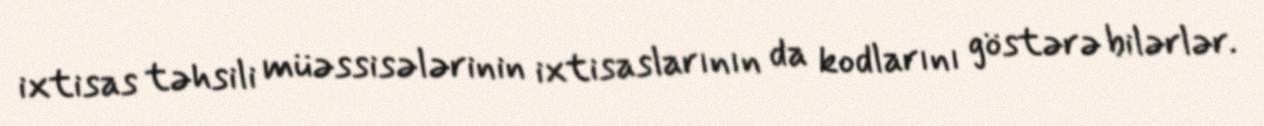
ixtisas təhsili müəssisələrinin ixtisaslarının da kodlarını göstərə bilərlər.